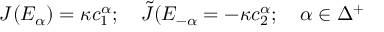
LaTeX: J ( E _ { \alpha } ) = \kappa c _ { 1 } ^ { \alpha } ; \quad { \tilde { J } } ( E _ { - \alpha } = - \kappa c _ { 2 } ^ { \alpha } ; \quad \alpha \in \Delta ^ { + }